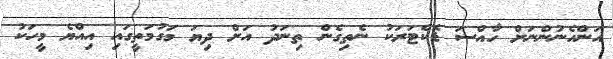
އަންހެނުންނަށް ހާއްސަ ޑޮކްޓަރަކު ނެތިގެން ތިނަދު އަށް ދިޔަ މަގުމަތީގައި އިއްޔެ މީހަކު